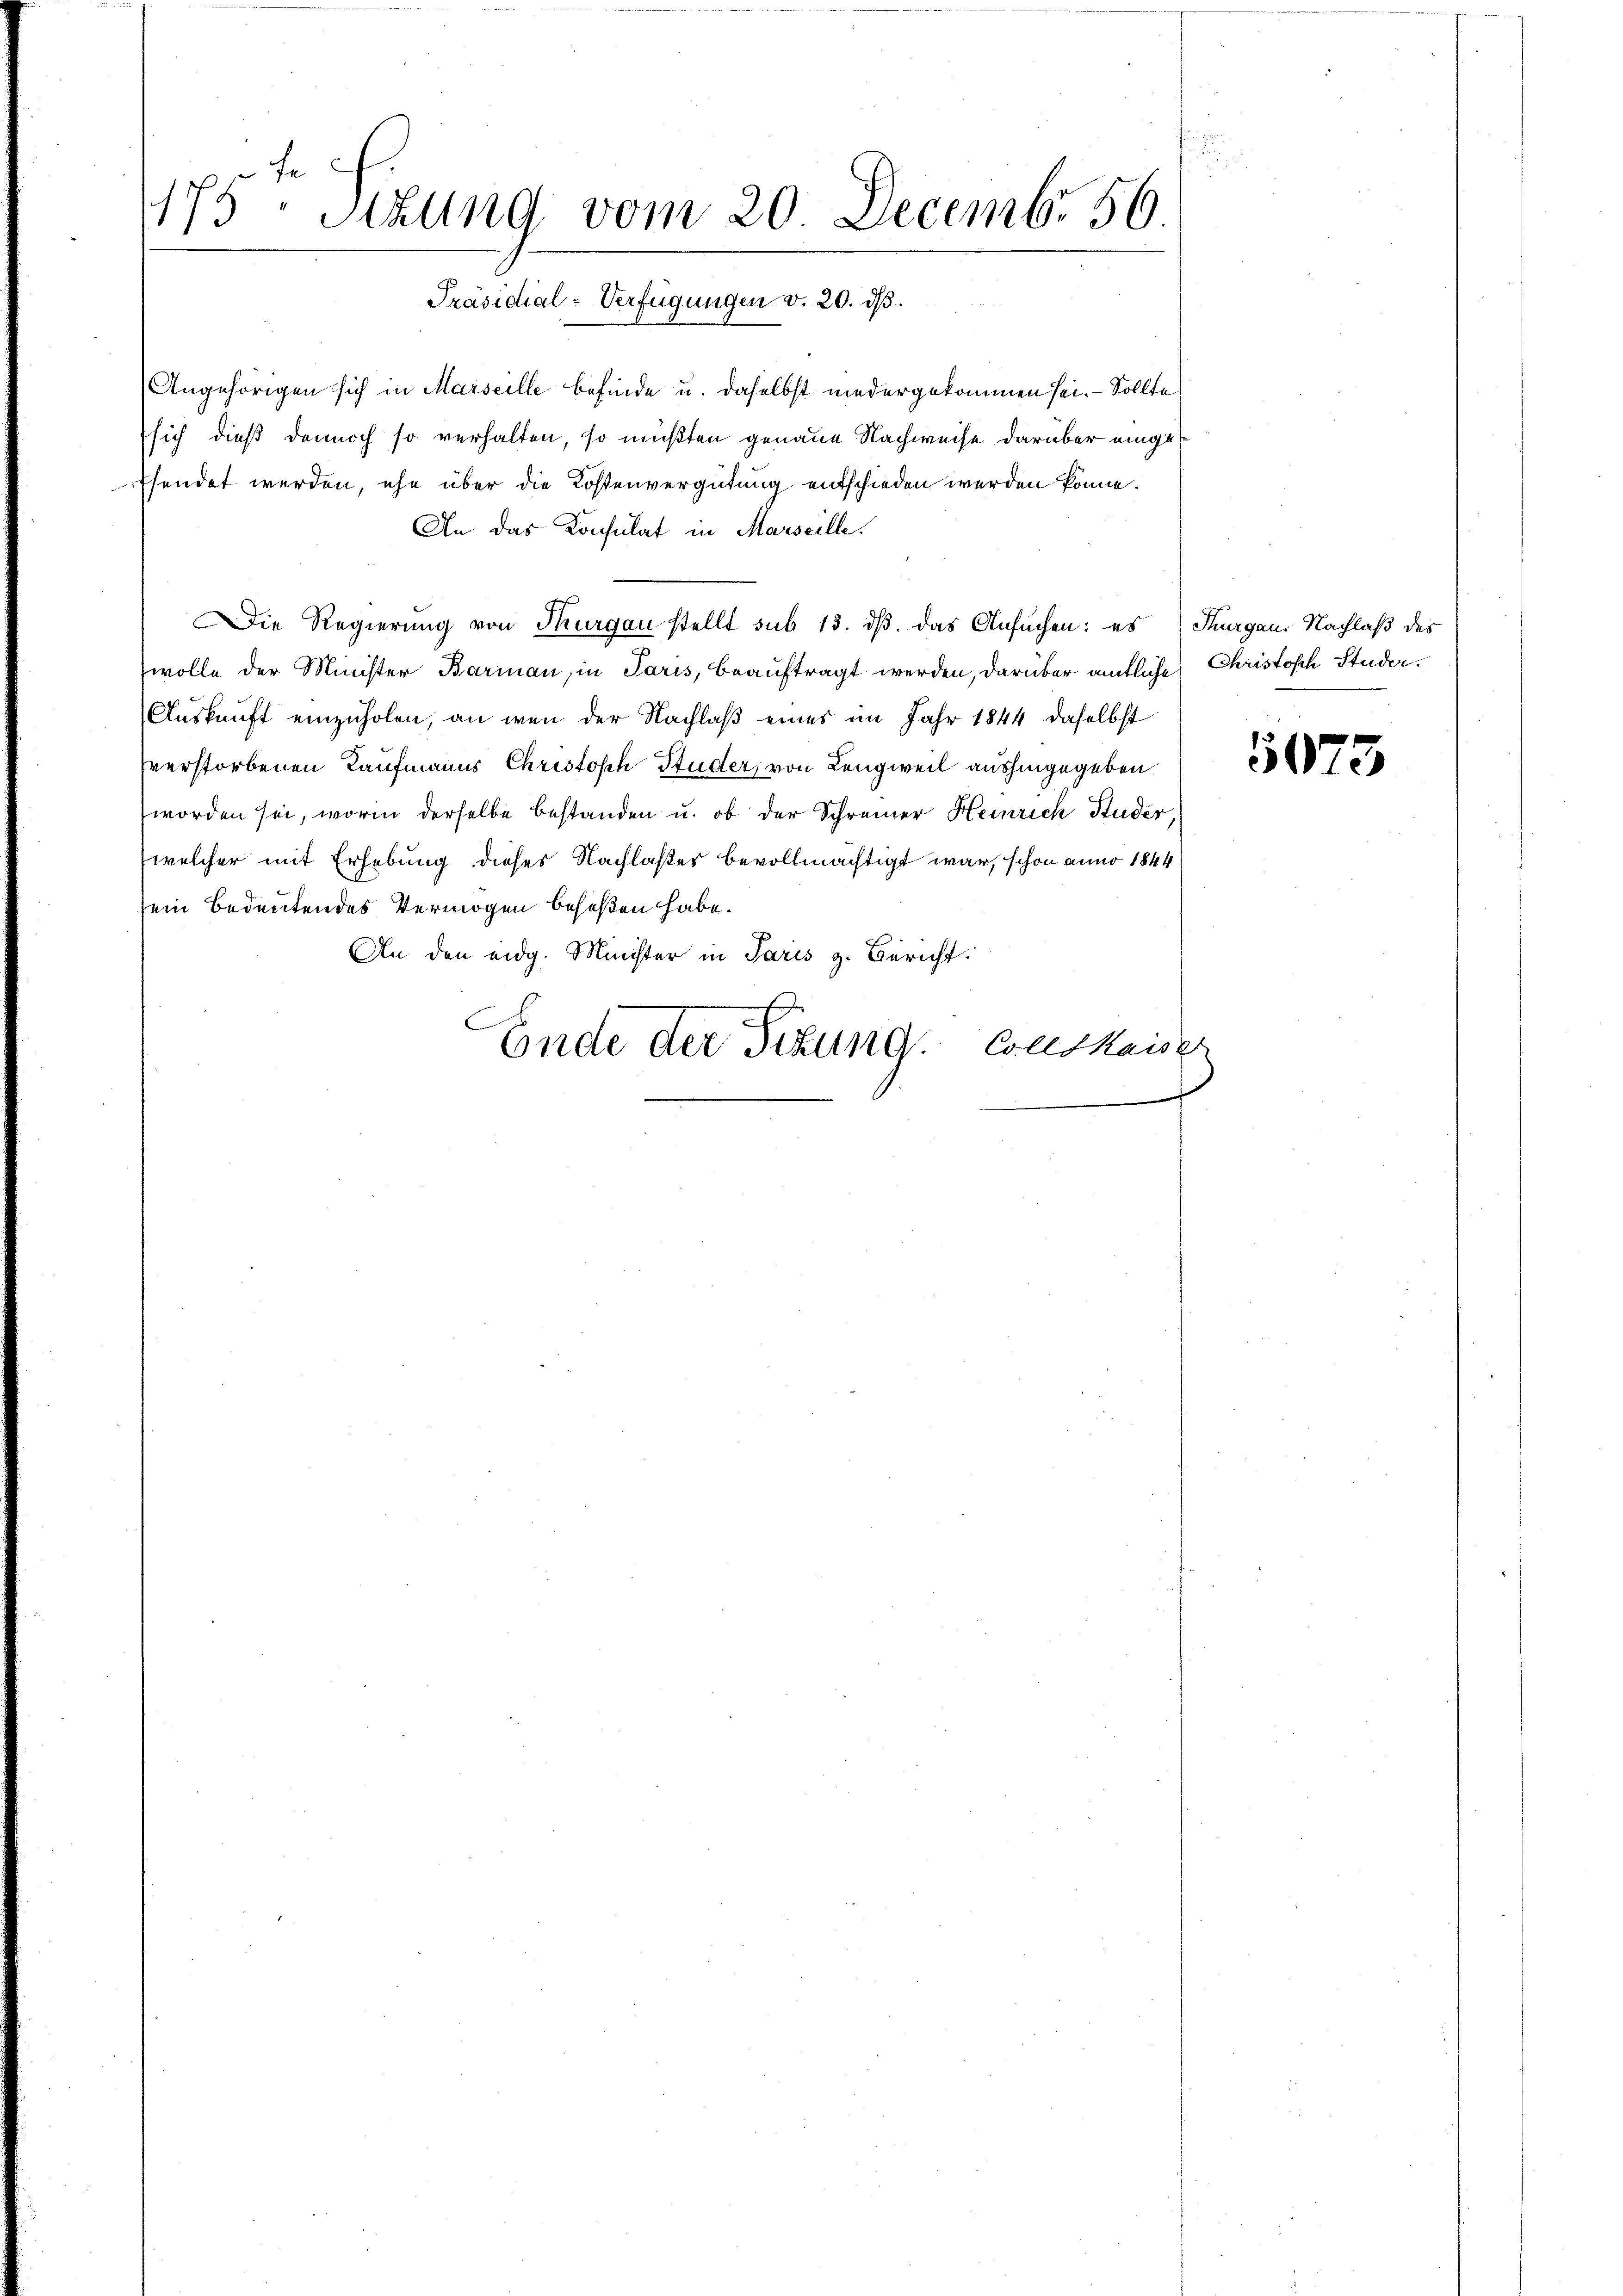
175 - Sizung vom 20. Decemb. 56.
Präsidial-Verfügungen v. 20. ds.

Angehörigen sich in Marseille befinde u. daselbst niedergekommen sei. Sollte,
sich dieß dennoch so verhalten, so müßten genaue Nachweise darüber eingeffendet werden, ehe über die Kostenvergütung entschieden werden könne.
An das Konsulat in Marseille.
Die Regierung von Thurgau stellt sub 13. ds. das Ansuchen: es Thurgaus Nachlaß des
wolle der Minister Barinau, in Paris, beauftragt werden, darüber amtliche Christosch Studer¬
Auskunft einzuholen, an wenn der Nachlaß eines im Jahr 1844 daselbst
verstorbenen Kaufmanns Christoph Studer, von Lengweil aushingegeben
worden sei, worin derselbe bestanden u. ob der Schreiner Heinrich Kuder
(welcher mit Erhebung dieses Nachlaßes bevollmächtigt war, schon anno 1844
sein Bedeutendes Vermögen beseßen habe.
An den eidg. Minister in Paris z. Bericht.
Ende der Sitzung Conskaiser

5073